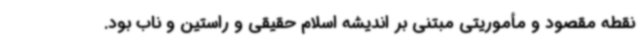
نقطه مقصود و مأموریتی مبتنی بر اندیشه اسلام حقیقی و راستین و ناب بود.